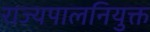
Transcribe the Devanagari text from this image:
राज्यपालनियुक्त